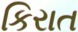
કિરાત